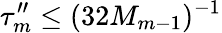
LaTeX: \tau_{m}^{\prime\prime}\leq(32M_{m-1})^{-1}